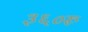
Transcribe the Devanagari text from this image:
३६०रू